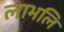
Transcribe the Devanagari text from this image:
लाभलि